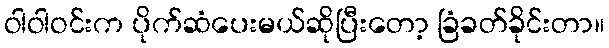
ဝါဝါဝင်းက ပိုက်ဆံပေးမယ်ဆိုပြီးတော့ ခြံခတ်ခိုင်းတာ။